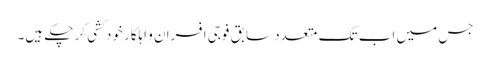
جس میں اب تک متعدد سابق فوجی افسران و اہلکار خود کشی کر چکے ہیں۔